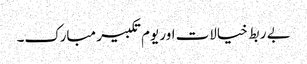
بے ربط خیالات اور یوم تکبیر مبارک۔